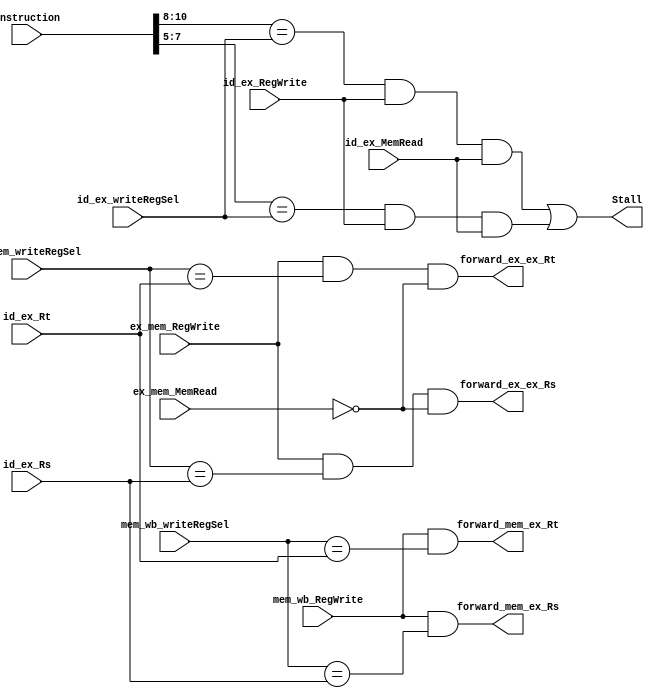
`default_nettype none
// check PC_incr
module detect_hazard (instruction,
                    id_ex_writeRegSel, id_ex_RegWrite,
                    ex_mem_writeRegSel, ex_mem_RegWrite,
                    id_ex_Rs, id_ex_Rt, id_ex_MemRead, ex_mem_MemRead, mem_wb_writeRegSel, mem_wb_RegWrite,
                    forward_ex_ex_Rs, forward_ex_ex_Rt, forward_mem_ex_Rs, forward_mem_ex_Rt, Stall);

    parameter OPERAND_WIDTH = 16;
    input wire [OPERAND_WIDTH-1:0] instruction;
    input wire [2:0] id_ex_writeRegSel, ex_mem_writeRegSel, mem_wb_writeRegSel, id_ex_Rs, id_ex_Rt;
    input wire id_ex_RegWrite, ex_mem_RegWrite, mem_wb_RegWrite, id_ex_MemRead, ex_mem_MemRead;
    output wire forward_ex_ex_Rs, forward_ex_ex_Rt, forward_mem_ex_Rs, forward_mem_ex_Rt;
    output wire Stall;

    assign Stall = ((instruction[10:8] == id_ex_writeRegSel) & id_ex_RegWrite & id_ex_MemRead) | ((instruction[7:5] == id_ex_writeRegSel) & 
                    id_ex_RegWrite & id_ex_MemRead);

   // Forwarding Logic:
     // ex_mem_Rs
     assign forward_ex_ex_Rs = (ex_mem_RegWrite & (ex_mem_writeRegSel == id_ex_Rs) & !(ex_mem_MemRead));

     // ex_mem_Rt
     assign forward_ex_ex_Rt = (ex_mem_RegWrite & (ex_mem_writeRegSel == id_ex_Rt) & !(ex_mem_MemRead));

     // mem_wb_Rs
     assign forward_mem_ex_Rs = (mem_wb_RegWrite & (mem_wb_writeRegSel == id_ex_Rs));

     // mem_wb_Rt
     assign forward_mem_ex_Rt = (mem_wb_RegWrite & (mem_wb_writeRegSel == id_ex_Rt));
endmodule
`default_nettype wire